Lunatic asylums Punjab 1868-1880 - 1868-1880
Year: 1868
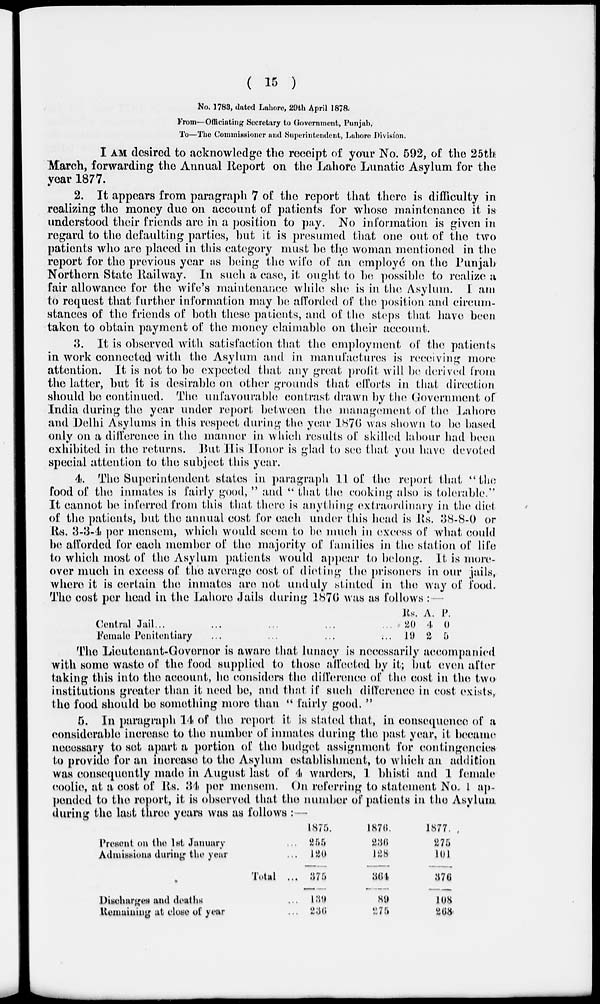
( 15 )
No. 1783, dated Lahore, 29th April 1878.
From—Officiating Secretary to Government, Punjab,
To—The Commissioner and Superintendent, Lahore Division.
I AM desired to acknowledge the receipt of your No. 592, of the 25th
March, forwarding the Annual Report on the Lahore Lunatic Asylum for the
year 1877.
2. It appears from paragraph 7 of the report that there is difficulty in
realizing the money due on account of patients for whose maintenance it is
understood their friends are in a position to pay. No information is given in
regard to the defaulting parties, but it is presumed that one out of the two
patients who are placed in this category must be the woman mentioned in the
report for the previous year as being the wife of an employé on the Punjab
Northern State Railway. In such a case, it ought to be possible to realize a
fair allowance for the wife's maintenance while she is in the Asylum. I am
to request that further information may be afforded of the position and circum-
stances of the friends of both these patients, and of the steps that have been
taken to obtain payment of the money claimable on their account.
3. It is observed with satisfaction that the employment of the patients
in work connected with the Asylum and in manufactures is receiving more
attention. It is not to be expected that any great profit will be derived from
the latter, but it is desirable on other grounds that efforts in that direction
should be continued. The unfavourable contrast drawn by the Government of
India during the year under report between the management of the Lahore
and Delhi Asylums in this respect during the year 1876 was shown to be based
only on a difference in the manner in which results of skilled labour had been
exhibited in the returns. But His Honor is glad to see that you have devoted
special attention to the subject this year.
4. The Superintendent states in paragraph 11 of the report that " the
food of the inmates is fairly good, " and " that the cooking also is tolerable."
It cannot be inferred from this that there is anything extraordinary in the diet
of the patients, but the annual cost for each under this head is Rs. 38-8-0 or
Rs. 3-3-4 per mensem, which would seem to be much in excess of what could
be afforded for each member of the majority of families in the station of life
to which most of the Asylum patients would appear to belong. It is more-
over much in excess of the average cost of dieting the prisoners in our jails,
where it is certain the inmates are not unduly stinted in the way of food.
The cost per head in the Lahore Jails during 1876 was as follows :—
Central Jail ... ... ... ... ...
Female Penitentiary ... ... ... ...
Rs.
20
19
A.
4
2
P.
0
5
The Lieutenant-Governor is aware that lunacy is necessarily accompanied
with some waste of the food supplied to those affected by it; but even after
taking this into the account, he considers the difference of the cost in the two
institutions greater than it need be, and that if such difference in cost exists,
the food should be something more than " fairly good. "
5. In paragraph 14 of the report it is stated that, in consequence of a
considerable increase to the number of inmates during the past year, it became
necessary to set apart a portion of the budget assignment for contingencies
to provide for an increase to the Asylum establishment, to which an addition
was consequently made in August last of 4 warders, 1 bhisti and 1 female
coolie, at a cost of Rs. 34 per mensem. On referring to statement No. 1 ap-
pended to the report, it is observed that the number of patients in the Asylum
during the last three years was as follows :—
Present on the 1st January ...
Admissions during the year ...
Total ...
Discharges and deaths ...
Remaining at close of year ...
1875.
255
120
375
139
236
1876.
236
128
364
89
275
1877.
275
101
376
108
268